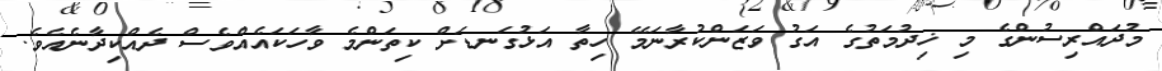
މުދައްރިސުންގެ މި ޚިދުމަތުގެ އަގު ވަޒަންކުރާނަމޭ ހިތާ އަޅުގަނޑަށް ކިތަންމެ ވާހަކައެއްވެސް ދެއްކިދާނެއެވެ.